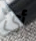
أي